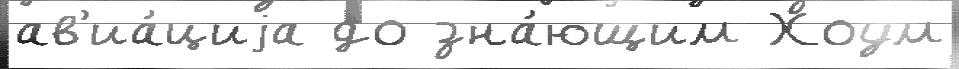
ав'иа́циjа до зна́ющим Хоум